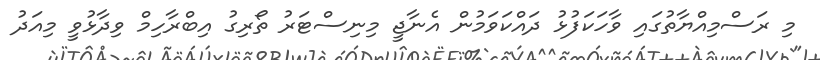
މި ރަސްމިއްޔާތުގައި ވާހަކަފުޅު ދައްކަވަމުން އެނާޖީ މިނިސްޓަރު ތޯރިގު އިބްރާހިމް ވިދާޅުވީ މިއަދު